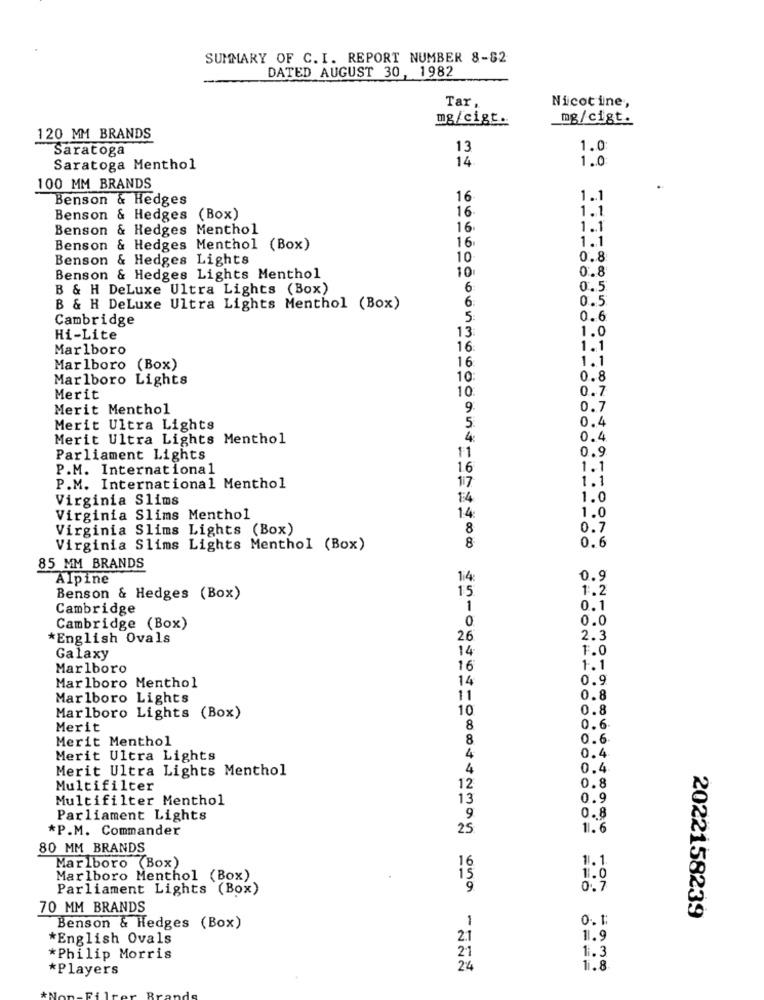
SUMMARY OF C. I. REPORT NUMBER 8-82
DATED AUGUST 30, 1982
Tar.
Nicotine,
mg/cigt.
mg/cigt.
120 MM BRANDS
Saratoga
13
1.0
14
1.0
Saratoga Menthol
100 MM BRANDS
Benson & Hedges
16
1.1
16
1.1
Benson & Hedges (Box)
Benson & Hedges Menthol
16
1.1
16
1.1
Benson & Hedges Menthol (Box)
Benson & Hedges Lights
10
0.8
10
0.8
Benson & Hedges Lights Menthol
B & H DeLuxe Ultra Lights (Box)
6
0.5
6:
0.5
B & H DeLuxe Ultra Lights Menthol (Box)
Cambridge
5.
0.6
13
1.0
Hi-Lite
Marlboro
16
1.1
16
1.1
Marlboro (Box)
Marlboro Lights
10
0.8
10
0.7
Merit
Merit Menthol
9
0.7
0.4
Merit Ultra Lights
5:
Merit Ultra Lights Menthol
0.4
0.9
Parliament Lights
11
P.M. International
1.6
1.1
1.1
P.M. International Menthol
17
Virginia Slims
1:4
1.0
14
Virginia Slims Menthol
1.0
Virginia Slims Lights (Box)
8
0.7
Virginia Slims Lights Menthol (Box)
8
0.6
85 MM BRANDS
Alpine
14
0.9
15
1.2
Benson & Hedges (Box)
Cambridge
1
0.1
0.0
Cambridge (Box)
*English Ovals
26
2.3
14
1.0
Galaxy
Marlboro
16
1.1
Marlboro Menthol
14
0.9
Marlboro Lights
11
0.8
10
0.8
Marlboro Lights (Box)
Merit
8
0.6
Merit Menthol
8
0.6
Merit Ultra Lights
4
0.4
Merit Ultra Lights Menthol
4
0.4
Multifilter
12
0.8
Multifilter Menthol
13
0.9
Parliament Lights
9
0.8
*P.M. Commander
25
11.6
80 MM BRANDS
1.1
Marlboro (Box)
16
Marlboro Menthol (Box)
15
11.0
Parliament Lights (Box)
9.
0.7
70 MM BRANDS
1
0. 1:
2022158239
Benson & Hedges (Box)
*English Ovals
2.1
11.9
21
1.3
*Philip Morris
*Players
24
11.8